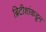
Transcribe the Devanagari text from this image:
ब्रिटीशांकडून